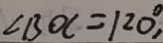
\angle B O C = 1 2 0 ^ { \circ } ,